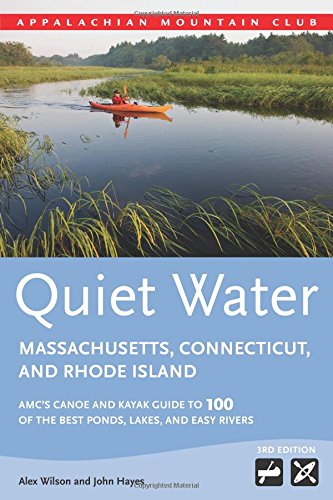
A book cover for Quiet Water Massachusetts, Connecticut, and Rhode Island: AMC's Canoe And Kayak Guide To 100 Of The Best Ponds, Lakes, And Easy Rivers (AMC Quiet Water Series); John Hayes; Sports & Outdoors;